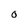
Character: O